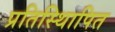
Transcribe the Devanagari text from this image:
प्रतिस्थिापित